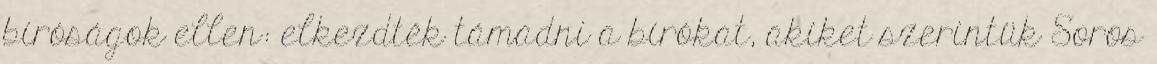
bíróságok ellen: elkezdték támadni a bírókat, akiket szerintük Soros